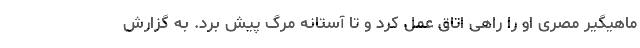
ماهیگیر مصری او را راهی اتاق عمل کرد و تا آستانه مرگ پیش برد. به گزارش